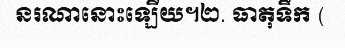
នរណានោះឡើយ។២. ធាតុទឹក (